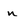
Character: n